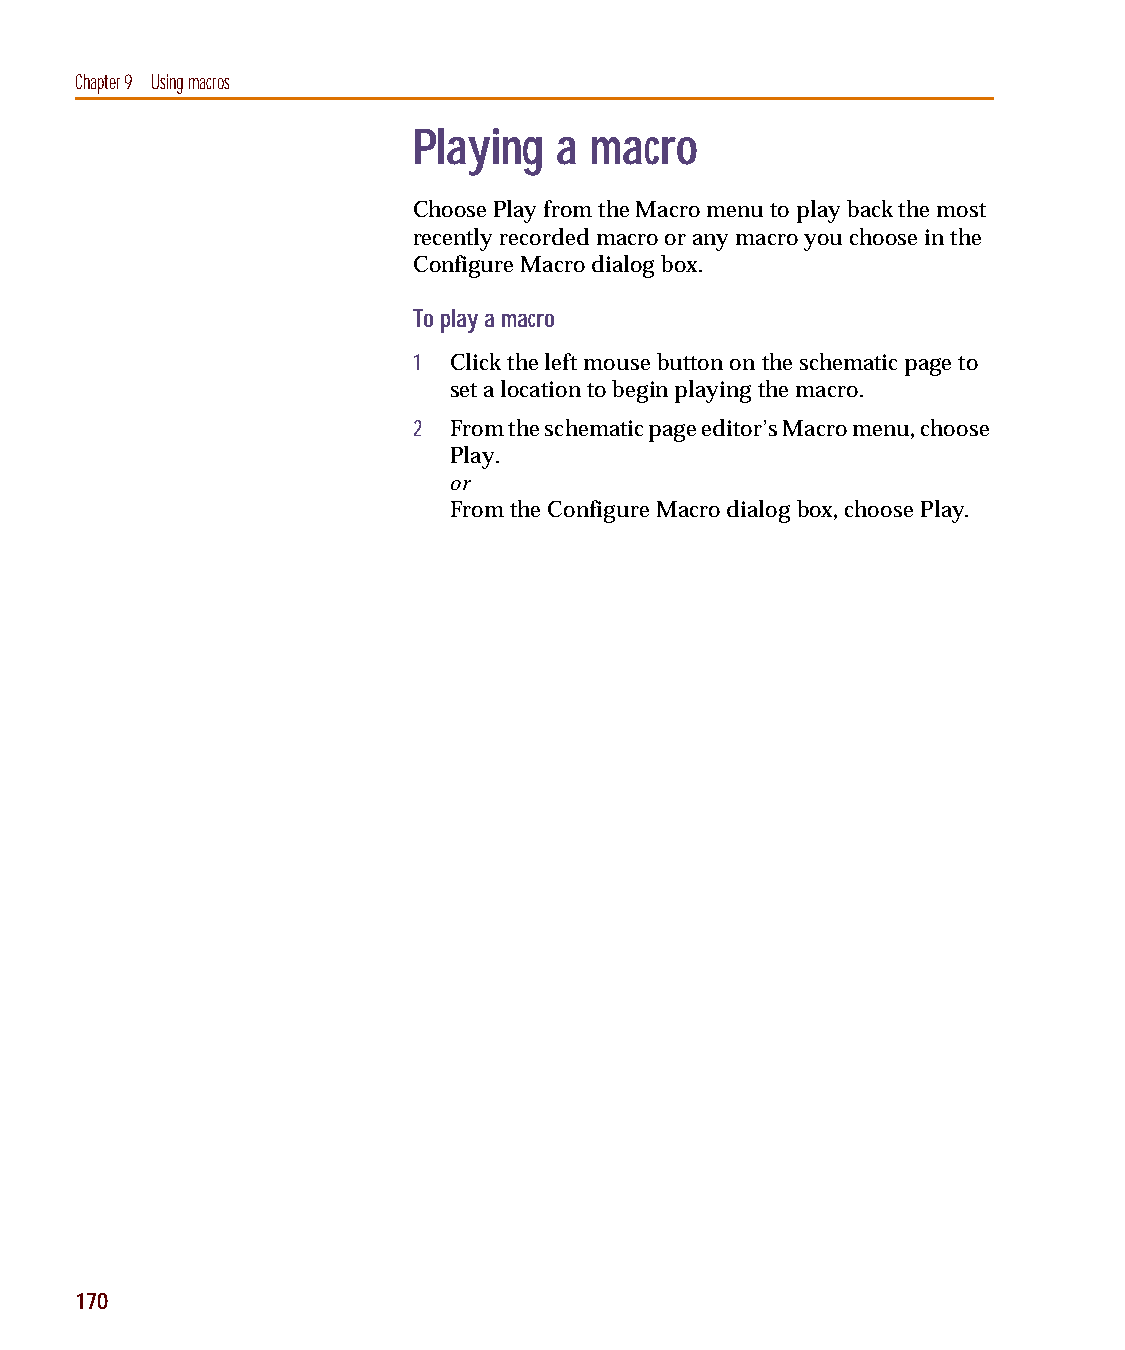
capug.book Page 170 Thursday, November 12, 1998 3:38 PM
 Chapter 9 Using macros
 Playing   a macro
 Choose Play from the Macro menu to play back the most
 recently recorded macro or any macro you choose in the
 Configure Macro dialog box.
 To play a macro
 1  Click the left mouse button on the schematic page to
 set a location to begin playing the macro.
 2  From the schematic page editor’s Macro menu, choose
 Play.
 or
 From the Configure Macro dialog box, choose Play.
 170